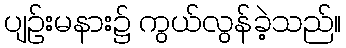
ပျဉ်းမနား၌ ကွယ်လွန်ခဲ့သည်။